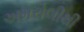
અમરોલીથી